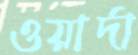
ওয়ার্দা